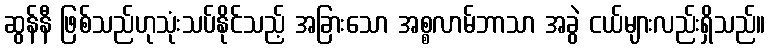
ဆွန်နီ ဖြစ်သည်ဟုသုံးသပ်နိုင်သည့် အခြားသော အစ္စလာမ်ဘာသာ အခွဲ ငယ်များလည်းရှိသည်။